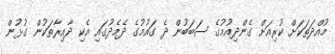
މުއްދަތަކަށް ކުރިއަށް ގެންދިއުމުގެ ސަބަބުން ދެ ގައުމުގެ ދެމެދުގައި އެކި ދާއިރާތަކުން ގުޅުން